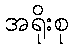
အရိုးစု